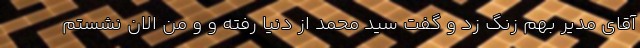
آقای مدیر بهم زنگ زد و گفت سید محمد از دنیا رفته و و من الان نشستم